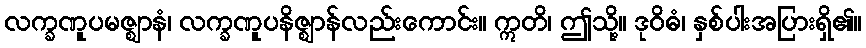
လက္ခဏူပမဇ္ဈာနံ၊ လက္ခဏူပနိဇ္ဈာန်လည်းကောင်း။ ဣတိ၊ ဤသို့။ ဒုဝိဓံ၊ နှစ်ပါးအပြားရှိ၏။